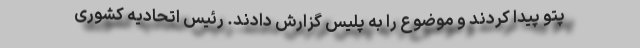
پتو پیدا کردند و موضوع را به پلیس گزارش دادند. رئیس اتحادیه کشوری